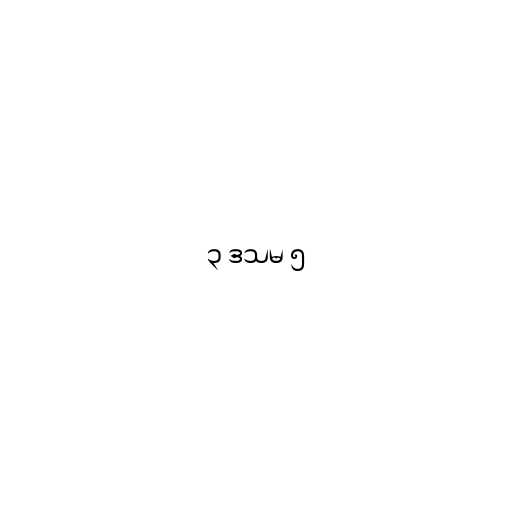
၃ ဒသမ ၅